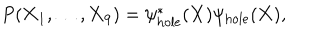
P ( { \bf X } _ { 1 } , \ldots , { \bf X } _ { 9 } ) = \psi _ { \mathrm { h o l e } } ^ { * } ( { \bf X } ) \psi _ { \mathrm { h o l e } } ( { \bf X } ) ,